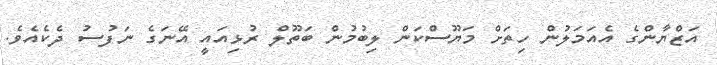
އަޒްޔާންގެ އެއަމަލުން ހިތަށް މަޔޫސްކަން ލިބުމުން ބަތޫލް ރުޅިއައީ އޭނަގެ ނަފުސު ދެކެއެވެ.